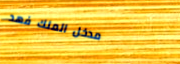
مدخل الملك فهد